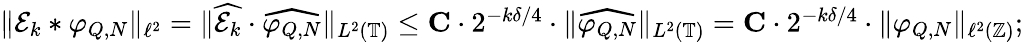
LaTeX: \begin{array}{r}{\| \mathcal{E}_{k}*\varphi_{Q,N}\| _{\ell^{2}}=\| \widehat{\mathcal{E}_{k}}\cdot\widehat{\varphi_{Q,N}}\| _{L^{2}(\mathbb{T})}\leq\mathbf{C}\cdot 2^{-k\delta/4}\cdot\| \widehat{\varphi_{Q,N}}\| _{L^{2}(\mathbb{T})}=\mathbf{C}\cdot 2^{-k\delta/4}\cdot\| {\varphi_{Q,N}}\| _{\ell^{2}(\mathbb{Z})};}\end{array}